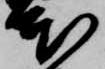
本